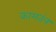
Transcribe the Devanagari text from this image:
कामतंत्र